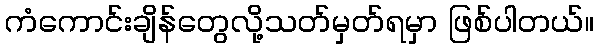
ကံကောင်းချိန်တွေလို့သတ်မှတ်ရမှာ ဖြစ်ပါတယ်။